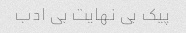
پیک بی نهایت بی ادب